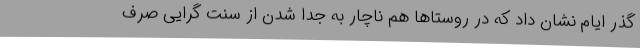
گذر ایام نشان داد که در روستاها هم ناچار به جدا شدن از سنت گرایی صرف